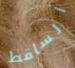
الساقط